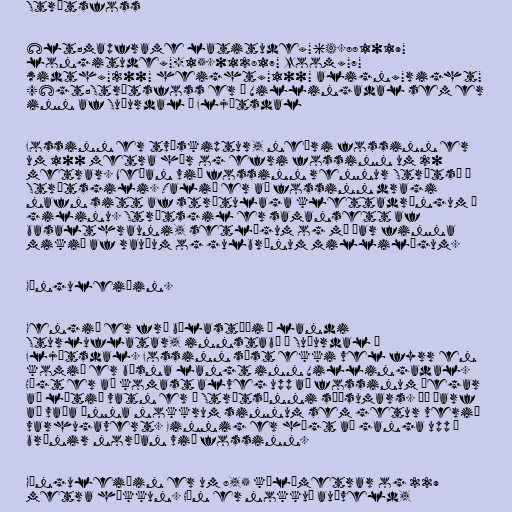
Strútsfoss

&lt;mapframe latitude="64.881019"
longitude="-15.012817" zoom="7"
width="200" height="100" align="right"
/&gt;Strútsfoss er í Villingadal sem er
inn af Suðurdal í Fljótsdal

Fossinn er tvískiptur, neðri fossinn er
um 100 metra hár og efri fossinn um 20
metrar. Neðan við fossinn rennur Strútsá í
Strútsgili. Talið er að fossinn dragi
nafn sitt af strýtulaga klettadröngum í
gilinu. Strútsgil er samansett af
basalthrauni, setlögum og má þar finna
mikið af rauðum og gulbrúnum millilögum.

Gönguleiðin.

Gengið er frá bílastæði í landi
Sturluflatar, innstabæ í Suðurdal í
Fljótsdal. Fossinn sést ekki vel fyrr en
komið er býsna langt inn Villingadal.
Hægt er að komast alveg upp að fossinum þegar
að lítið vatn er í Strútsánni síðsumars. Þá þarf
að vaða ánna nokkrum sinnum sem getur verið
varhugavert. Einnig er hægt að ganga upp á
brúnir norðan við fossinn.

Gönguleiðin er um 8,5 kílómetrar og 229
metra hækkun. Hún er nokkuð auðveld,